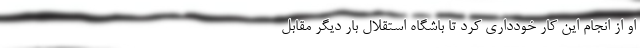
او از انجام این کار خودداری کرد تا باشگاه استقلال بار دیگر مقابل